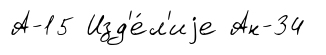
А-15 Изд'е́л'иjе Ан-34